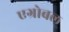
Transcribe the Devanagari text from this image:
एग्रोबल